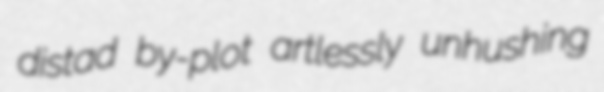
distad by-plot artlessly unhushing